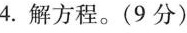
4.解方程。(9分)